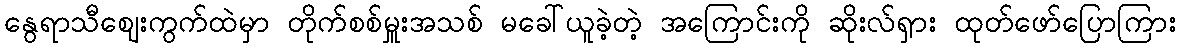
နွေရာသီဈေးကွက်ထဲမှာ တိုက်စစ်မှူးအသစ် မခေါ်ယူခဲ့တဲ့ အကြောင်းကို ဆိုးလ်ရှား ထုတ်ဖော်ပြောကြား